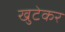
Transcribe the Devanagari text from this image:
खुटेकर